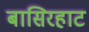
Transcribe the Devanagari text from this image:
बासिरहाट